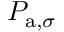
P _ { \mathrm { a } , \sigma }